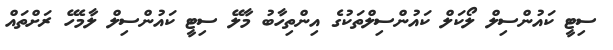
ސިޓީ ކައުންސިލް ލޯކަލް ކައުންސިލްތަކުގެ އިންތިހާބު މާލޭ ސިޓީ ކައުންސިލް ލާމެހޭ ރަށްތައް